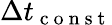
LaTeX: \Delta t_{\mathrm{~c~o~n~s~t~}}